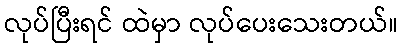
လုပ်ပြီးရင် ထဲမှာ လုပ်ပေးသေးတယ်။